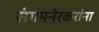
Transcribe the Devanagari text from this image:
संगमनेरकरांना